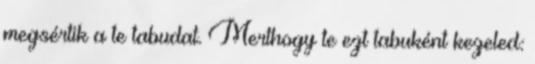
megsértik a te tabudat. Merthogy te ezt tabuként kezeled: